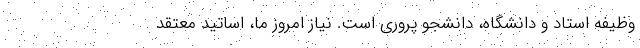
وظیفه استاد و دانشگاه، دانشجو پروری است. نیاز امروز ما، اساتید معتقد